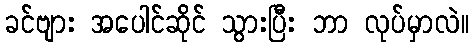
ခင်ဗျား အပေါင်ဆိုင် သွားပြီး ဘာ လုပ်မှာလဲ။